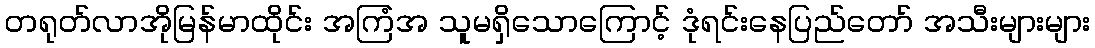
တရုတ်လာအိုမြန်မာထိုင်း အကြံအ သူမရှိသောကြောင့် ဒုံရင်းနေပြည်တော် အသီးများများ